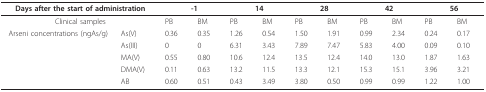
<table><thead><tr><td colspan="2"><b>Days after the start of administration</b></td><td colspan="2"><b>-1</b></td><td colspan="2"><b>14</b></td><td colspan="2"><b>28</b></td><td colspan="2"><b>42</b></td><td colspan="2"><b>56</b></td></tr></thead><tbody><tr><td colspan="2">Clinical samples</td><td>PB</td><td>BM</td><td>PB</td><td>BM</td><td>PB</td><td>BM</td><td>PB</td><td>BM</td><td>PB</td><td>BM</td></tr><tr><td>Arseni concentrations (ngAs/g)</td><td>As(V)</td><td>0.36</td><td>0.35</td><td>1.26</td><td>0.54</td><td>1.50</td><td>1.91</td><td>0.99</td><td>2.34</td><td>0.24</td><td>0.17</td></tr><tr><td></td><td>As(III)</td><td>0</td><td>0</td><td>6.31</td><td>3.43</td><td>7.89</td><td>7.47</td><td>5.83</td><td>4.00</td><td>0.09</td><td>0.10</td></tr><tr><td></td><td>MA(V)</td><td>0.55</td><td>0.80</td><td>10.6</td><td>12.4</td><td>13.5</td><td>12.4</td><td>14.0</td><td>13.0</td><td>1.87</td><td>1.63</td></tr><tr><td></td><td>DMA(V)</td><td>0.11</td><td>0.63</td><td>13.2</td><td>11.5</td><td>13.3</td><td>12.1</td><td>15.3</td><td>15.1</td><td>3.96</td><td>3.21</td></tr><tr><td></td><td>AB</td><td>0.60</td><td>0.51</td><td>0.43</td><td>3.49</td><td>3.80</td><td>0.50</td><td>0.99</td><td>0.99</td><td>1.22</td><td>1.00</td></tr></tbody></table>